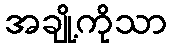
အချို့ကိုသာ